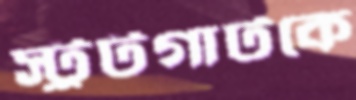
স্টুটগার্টকে